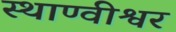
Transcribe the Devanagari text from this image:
स्थाण्वीश्वर